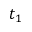
t _ { 1 }